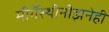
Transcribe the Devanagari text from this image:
मीगॅस्थीनीझनेही